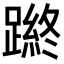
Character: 𨄿